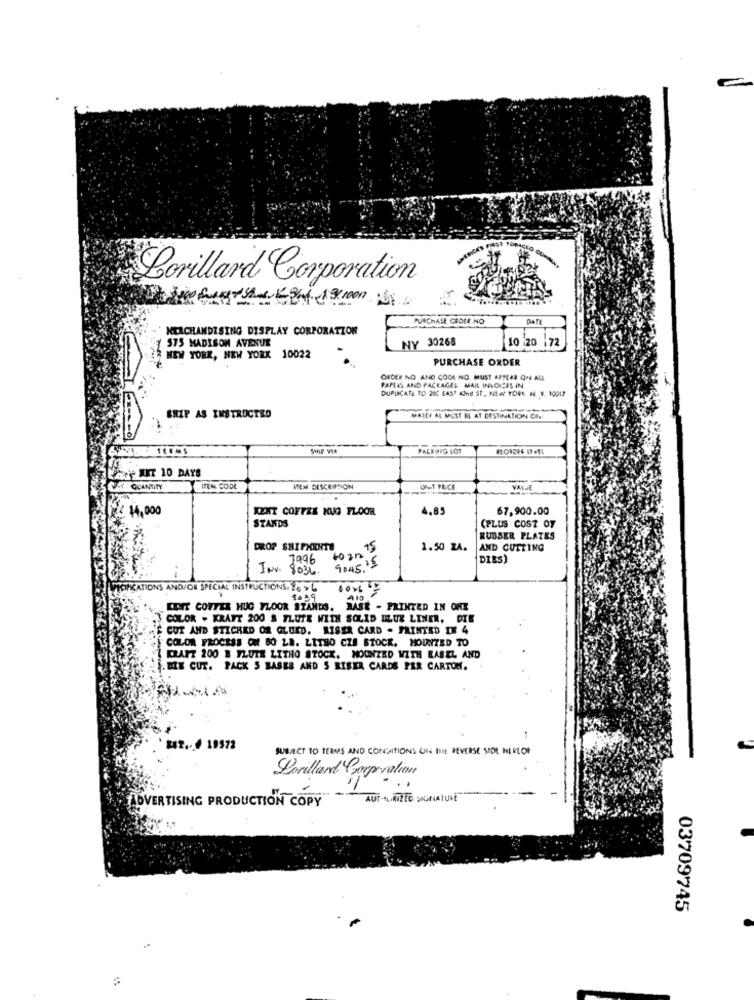
Lorillard Corporation
PURCHASE CROCE NO
DATE
MERCHANDISING DISPLAY CORPORATION
NY 30268
10 :20
172
1 575 MADISON AVENUE
3NEW YORK, NEW YORK 10022
PURCHASE ORDER
ORDER NO AND COOK NO. MUST APPEAR ON ALL
PAPERS AND PACKAGES. MAIL INVOICES IN
DUPLICATE TO 200 EAST 4Mnd ST ., NEW YORK N V. 10017
SHIP AS INSTRUCTED
MATER AL MUST M AT DESTINATION ON
PALEWIG ICT
Gre XIT 10 DAYS
QUANTITY
ITEM DISCEPTION
UNIT PECE
14.000
KENT COFFEE MUG FLOOR
4.85
67,900.00
STANDS
(PLUS COST OF
RUBBER PLATES
DROP SHIPKENTS
15
1.50 ZA.
AND CUTTING
7996
DIRS)
INv. 8036.
HCIFICATIONS AND/OR SPECIAL INSTRUCTIONS. 16 >
2019
410
KENT COTTER HUG FLOOR STANDS. BASE - PRINTED IN ONE
COLOR . KRAFT 200 5 TLUTE WITH SOLID MUR LINER. DIE
CUT AND STICHED ON GLUED. MISER CARD . PRINTED IN 4
COLOR PROCESS CH BO LA. LITHO CZA STOCK. MOUNTED TO
KRAFT 200 B FLUTE LITHO STOCK. MOONZED WITH RABEL AND
. DIE CUT. PACK S BASES AND S RISER CARDS PER CARTON.
12 .. . 19972
SUBJECT TO TERMS AND CONDITIONS UN III! REVERSE SEDL HIRLOF
Lorillard Corporation
ADVERTISING PRODUCTION COPY
AUT-tuRIZED SIGNATURE
03709745